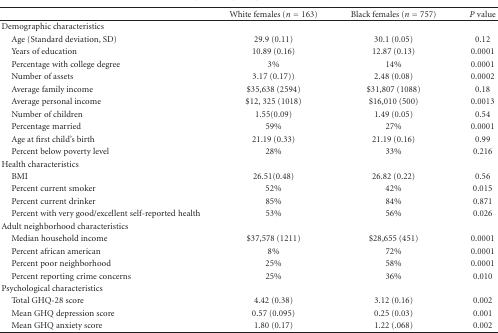
<table><thead><tr><td></td><td><b>White females (<i>n</i> = 163)</b></td><td><b>Black females (<i>n</i> = 757)</b></td><td><b><i>P</i> value</b></td></tr></thead><tbody><tr><td>Demographic characteristics</td><td></td><td></td><td></td></tr><tr><td> Age (Standard deviation, SD)</td><td>29.9 (0.11)</td><td>30.1 (0.05)</td><td>0.12</td></tr><tr><td> Years of education</td><td>10.89 (0.16)</td><td>12.87 (0.13)</td><td>0.0001</td></tr><tr><td> Percentage with college degree</td><td>3%</td><td>14%</td><td>0.0001</td></tr><tr><td> Number of assets</td><td>3.17 (0.17))</td><td>2.48 (0.08)</td><td>0.0002</td></tr><tr><td> Average family income</td><td>$35,638 (2594)</td><td>$31,807 (1088)</td><td>0.18</td></tr><tr><td> Average personal income</td><td>$12, 325 (1018)</td><td>$16,010 (500)</td><td>0.0013</td></tr><tr><td> Number of children</td><td>1.55(0.09)</td><td>1.49 (0.05)</td><td>0.54</td></tr><tr><td> Percentage married</td><td>59%</td><td>27%</td><td>0.0001</td></tr><tr><td> Age at first child&#x27;s birth</td><td>21.19 (0.33)</td><td>21.19 (0.16)</td><td>0.99</td></tr><tr><td> Percent below poverty level</td><td>28%</td><td>33%</td><td>0.216</td></tr><tr><td>Health characteristics</td><td></td><td></td><td></td></tr><tr><td> BMI</td><td>26.51(0.48)</td><td>26.82 (0.22)</td><td>0.56</td></tr><tr><td> Percent current smoker</td><td>52%</td><td>42%</td><td>0.015</td></tr><tr><td> Percent current drinker</td><td>85%</td><td>84%</td><td>0.871</td></tr><tr><td> Percent with very good/excellent self-reported health</td><td>53%</td><td>56%</td><td>0.026</td></tr><tr><td>Adult neighborhood characteristics</td><td></td><td></td><td></td></tr><tr><td> Median household income</td><td>$37,578 (1211)</td><td>$28,655 (451)</td><td>0.0001</td></tr><tr><td> Percent african american</td><td>8%</td><td>72%</td><td>0.0001</td></tr><tr><td> Percent poor neighborhood</td><td>25%</td><td>58%</td><td>0.0001</td></tr><tr><td> Percent reporting crime concerns</td><td>25%</td><td>36%</td><td>0.010</td></tr><tr><td>Psychological characteristics</td><td></td><td></td><td></td></tr><tr><td> Total GHQ-28 score</td><td>4.42 (0.38)</td><td>3.12 (0.16)</td><td>0.002</td></tr><tr><td> Mean GHQ depression score</td><td>0.57 (0.095)</td><td>0.25 (0.03)</td><td>0.001</td></tr><tr><td> Mean GHQ anxiety score</td><td>1.80 (0.17)</td><td>1.22 (.068)</td><td>0.002</td></tr></tbody></table>